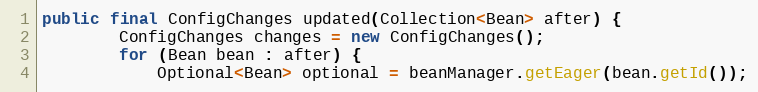
Language: Java
public final ConfigChanges updated(Collection<Bean> after) {
        ConfigChanges changes = new ConfigChanges();
        for (Bean bean : after) {
            Optional<Bean> optional = beanManager.getEager(bean.getId());